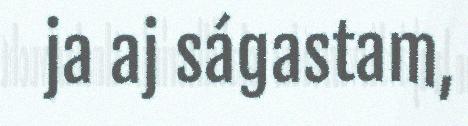
ja aj ságastam,